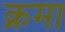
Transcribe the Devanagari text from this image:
क्रमा